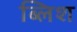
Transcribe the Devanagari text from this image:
ब्लिश